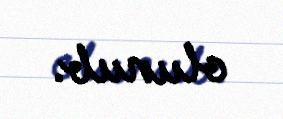
olunub.